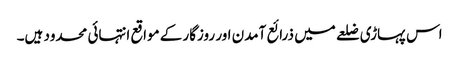
اس پہاڑی ضلعے میں ذرائع آمدن اور روزگار کے مواقع انتہائی محدود ہیں۔